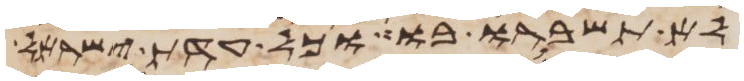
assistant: לא תשברו בו כל עדת ישראל